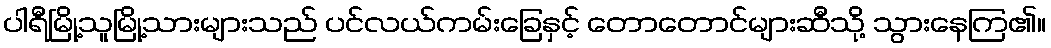
ပါရီမြို့သူမြို့သားများသည် ပင်လယ်ကမ်းခြေနှင့် တောတောင်များဆီသို့ သွားနေကြ၏။